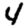
Digit: 4